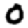
Digit: 0